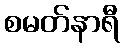
စမတ်နာရီ